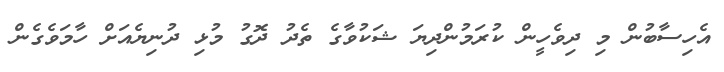
އެހިސާބުން މި ދިވެހީން ކުރަމުންދިޔަ ޝަކުވާގެ ތެދު ދޮގު މުޅި ދުނިޔެއަށް ހާމަވެގެން